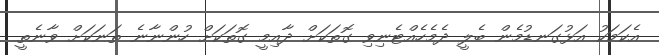
އެކަމަކު އަޅުގަނޑުމެން ބެލީ ދެމެހެއްޓެނިވި ގޮތަކަށް ދާއިމީ ގޮތަކަށް ހުންނާނެ ތަނަކަށް ވާނެތީ